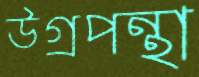
উগ্রপন্থা